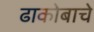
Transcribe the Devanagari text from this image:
ढाकोबाचे